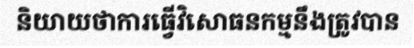
និយាយថាការធ្វើវិសោធនកម្មនឹងត្រូវបាន